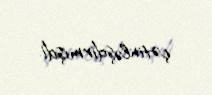
çətinləşdirmişdi.